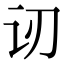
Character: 讱